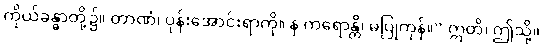
ကိုယ်ခန္ဓာတို့၌။ တာဏံ၊ ပုန်းအောင်းရာကို။ န ကရောန္တိ၊ မပြုကုန်။” ဣတိ၊ ဤသို့။